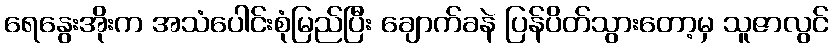
ရေနွေးအိုးက အသံပေါင်းစုံမြည်ပြီး ချောက်ခနဲ ပြန်ပိတ်သွားတော့မှ သူဇာလွင်